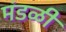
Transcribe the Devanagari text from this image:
मंडळीं